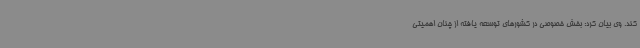
کند. وی بیان کرد: بخش خصوصی در کشورهای توسعه یافته از چنان اهمیتی